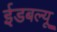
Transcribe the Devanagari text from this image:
ईडबल्यू